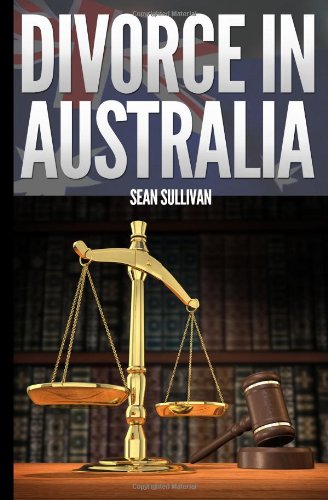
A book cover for Divorce in Australia: A guide for Australian Men; Mr Sean Sullivan; Law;